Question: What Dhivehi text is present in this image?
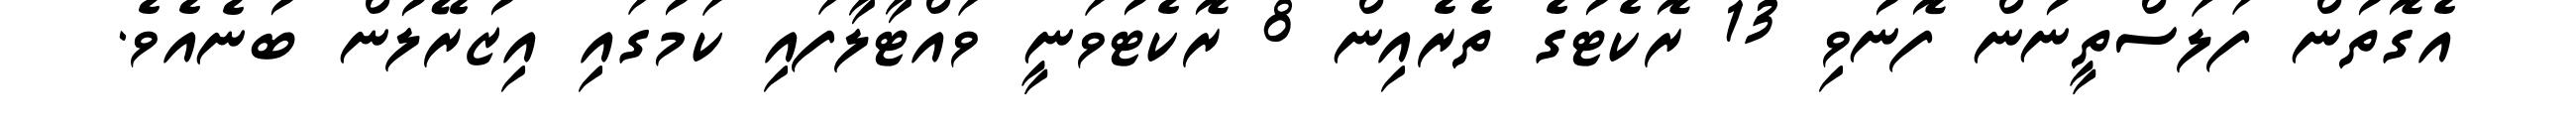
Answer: އެގޮތުން ފަލަސްތީނުން ފޮނުވި 13 ރޮކެޓުގެ ތެރެއިން 8 ރޮކެޓުވަނީ ވައްޓާލާފައި ކަމުގައި އިޒުރޭލުން ބުނެއެވެ.